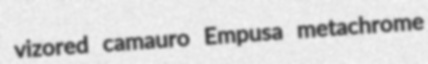
vizored camauro Empusa metachrome